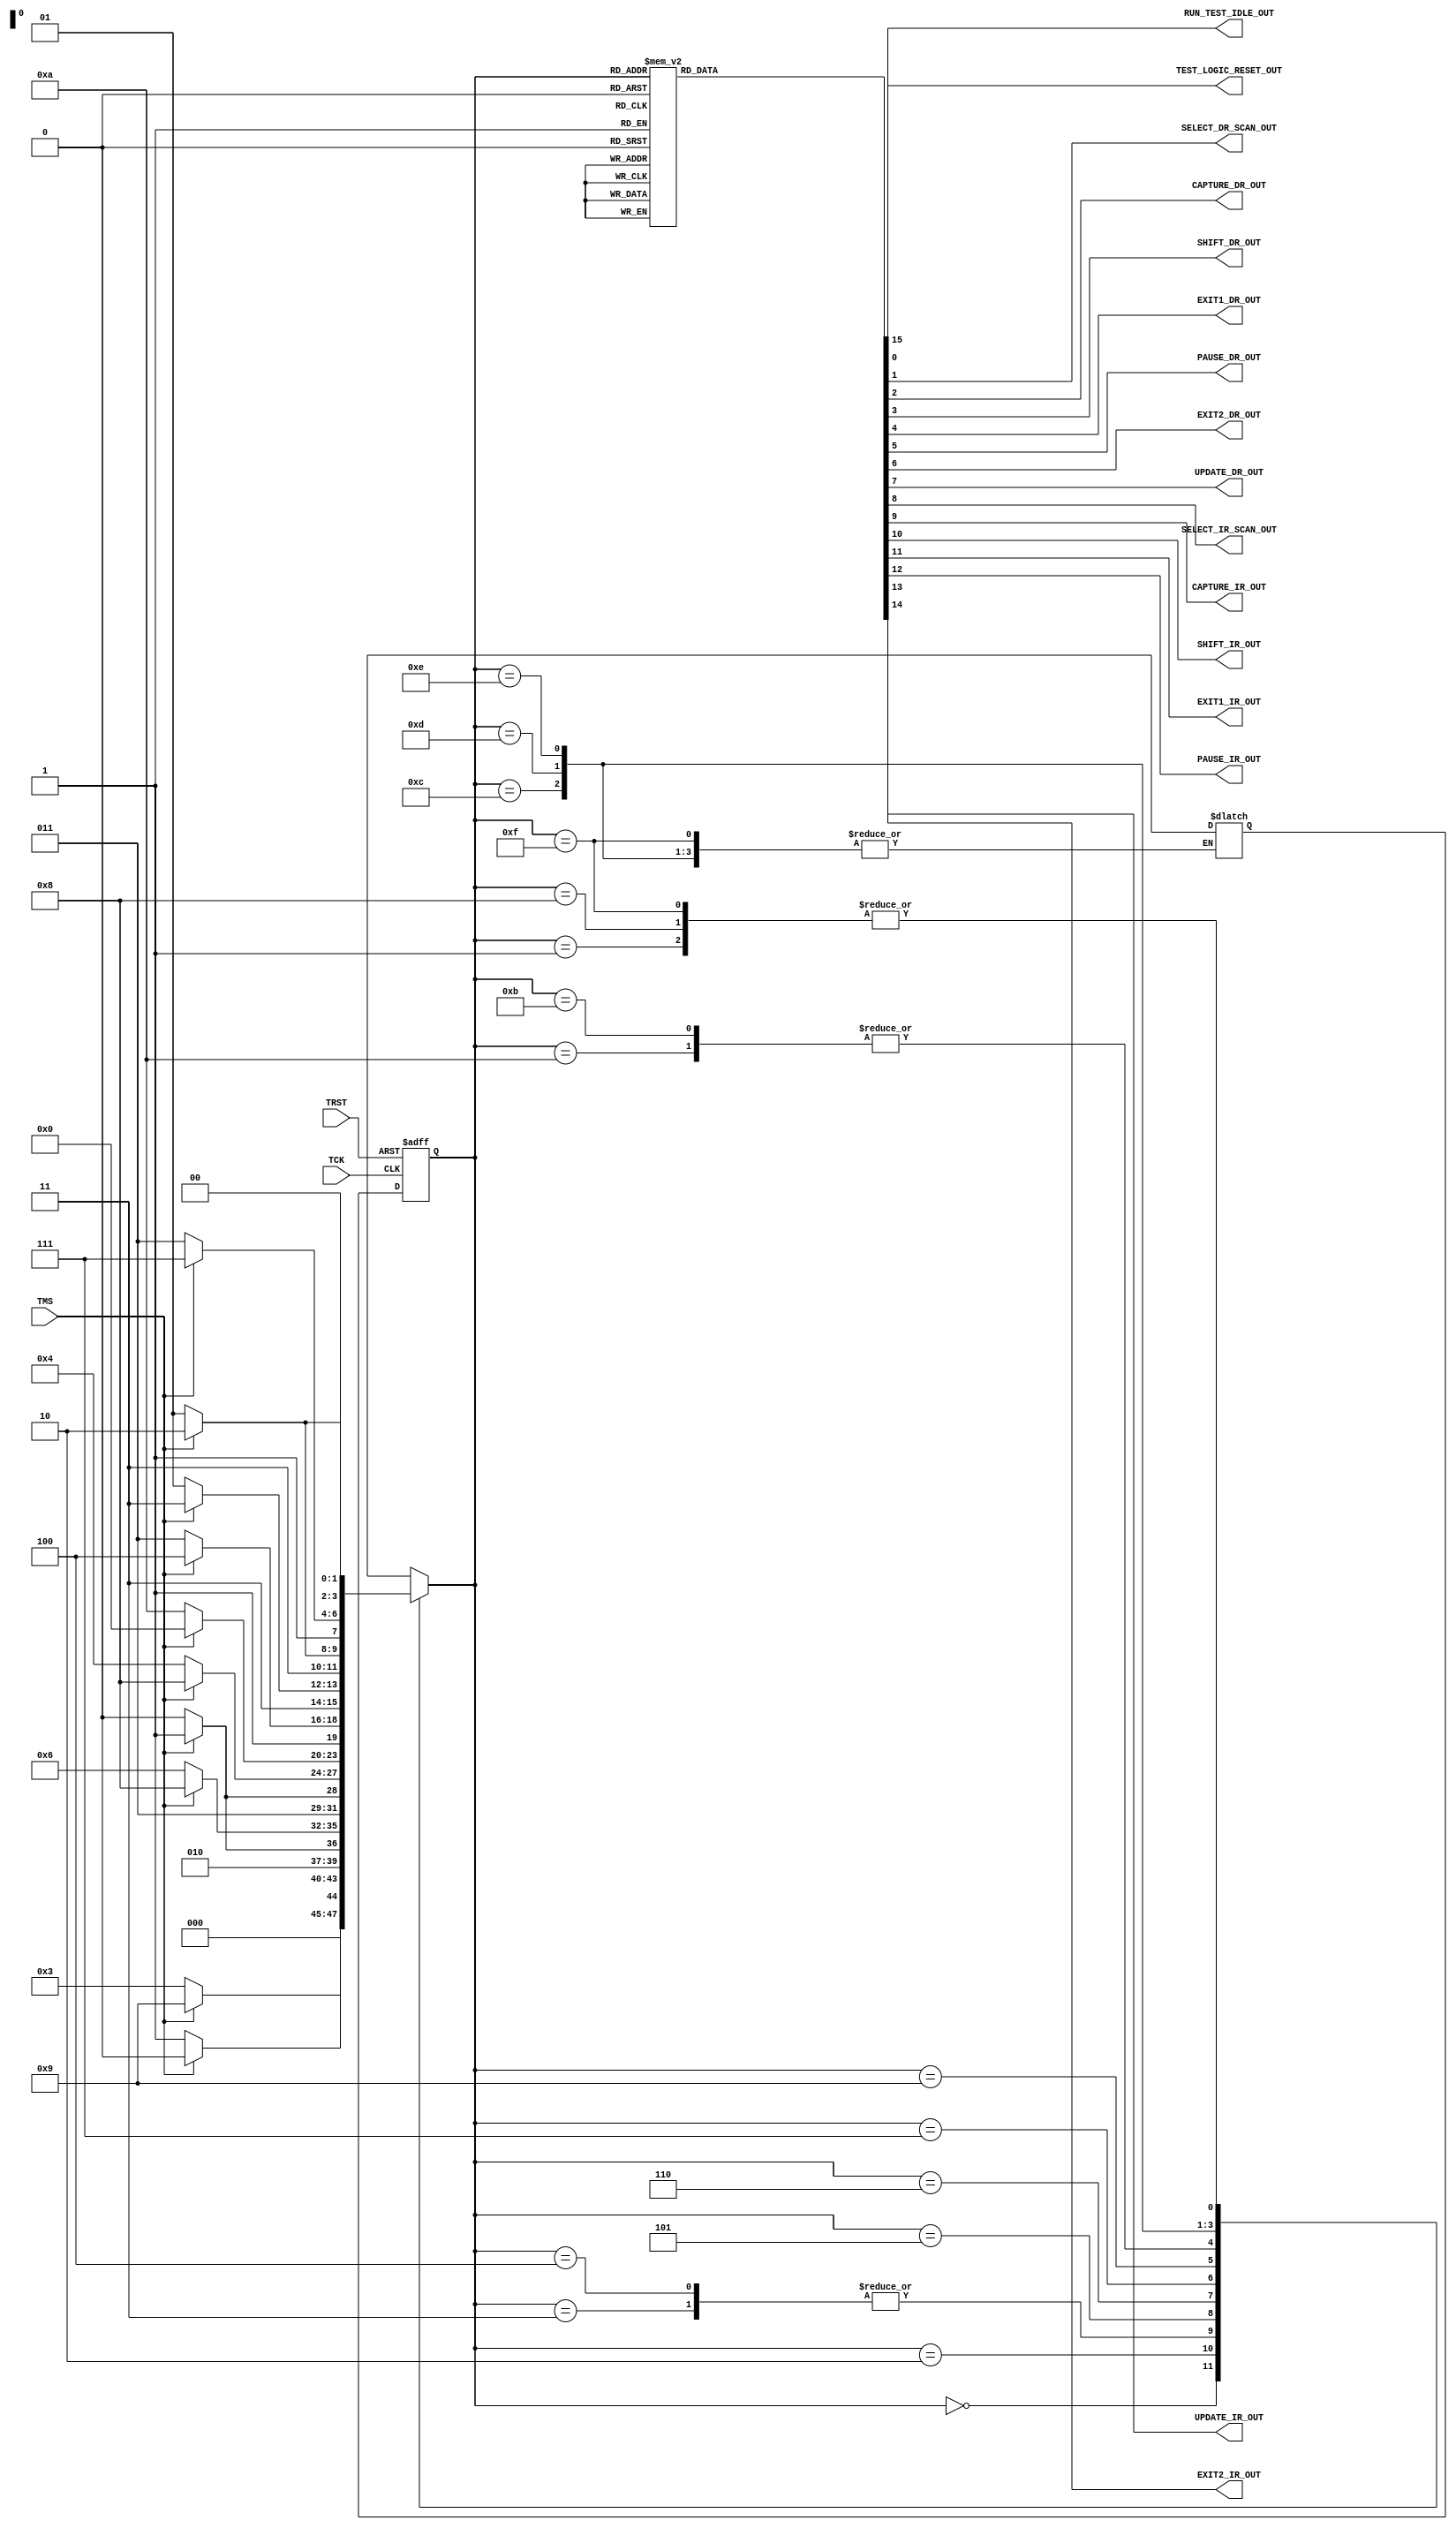
module tap_fsm(TCK,TMS,TRST,TEST_LOGIC_RESET_OUT,RUN_TEST_IDLE_OUT,SELECT_DR_SCAN_OUT,CAPTURE_DR_OUT,SHIFT_DR_OUT,EXIT1_DR_OUT,PAUSE_DR_OUT,EXIT2_DR_OUT,UPDATE_DR_OUT,SELECT_IR_SCAN_OUT,CAPTURE_IR_OUT,SHIFT_IR_OUT,EXIT1_IR_OUT,PAUSE_IR_OUT,EXIT2_IR_OUT,UPDATE_IR_OUT);
input TCK,TMS,TRST;
output reg TEST_LOGIC_RESET_OUT,RUN_TEST_IDLE_OUT,SELECT_DR_SCAN_OUT,CAPTURE_DR_OUT,SHIFT_DR_OUT,EXIT1_DR_OUT,PAUSE_DR_OUT,EXIT2_DR_OUT,UPDATE_DR_OUT,SELECT_IR_SCAN_OUT,CAPTURE_IR_OUT,SHIFT_IR_OUT,EXIT1_IR_OUT,PAUSE_IR_OUT,EXIT2_IR_OUT,UPDATE_IR_OUT;
reg [3:0]state,next_state;

localparam TEST_LOGIC_RESET=4'h0;
localparam RUN_TEST_IDLE=4'h1; 
localparam SELECT_DR_SCAN=4'h2;  
localparam CAPTURE_DR=4'h3; 
localparam SHIFT_DR=4'h4;
localparam EXIT1_DR=4'h5; 
localparam PAUSE_DR=4'h6; 
localparam EXIT2_DR=4'h7;
localparam UPDATE_DR=4'h8;
localparam SELECT_IR_SCAN=4'h9;
localparam CAPTURE_IR=4'hA;
localparam SHIFT_IR=4'hB; 
localparam EXIT1_IR=4'hC; 
localparam PAUSE_IR=4'hD; 
localparam EXIT2_IR=4'hE;
localparam UPDATE_IR=4'hF;

always@(posedge TCK or negedge TRST)
begin
if(~TRST)
begin 
state <= TEST_LOGIC_RESET;
end
else begin

state <= next_state;
end
end

always@(*)
begin 
case(state)
 TEST_LOGIC_RESET : 
 if(TMS)
state <= TEST_LOGIC_RESET;
else 
state <= RUN_TEST_IDLE;
 
 RUN_TEST_IDLE :
if(TMS)
state <= SELECT_DR_SCAN;
else 
state <= RUN_TEST_IDLE;

SELECT_DR_SCAN :
if(TMS)
state <= SELECT_IR_SCAN;
else 
state <= CAPTURE_DR;
 
 CAPTURE_DR  :
 if(TMS)begin
state <= EXIT1_DR;
end
else 
state <= SHIFT_DR;
 
 
 SHIFT_DR   :
 if(TMS) begin
state <= EXIT1_DR;
end
else 
state <= SHIFT_DR;
 
 
 EXIT1_DR  :
if(TMS)
state <= UPDATE_DR;
else 
state <= PAUSE_DR;
 

 PAUSE_DR :
if(TMS)
state <= EXIT2_DR;
else
state <= PAUSE_DR;
 
 
 EXIT2_DR  : 
 if(TMS)
state <= UPDATE_DR;
else 
state <= SHIFT_DR;

 
 UPDATE_DR: 
if(TMS)begin
state <= SELECT_DR_SCAN;
end
else 
state <= RUN_TEST_IDLE;
 
 //Instruction 
 
 SELECT_IR_SCAN:
 if(TMS)
state <= TEST_LOGIC_RESET;
else 
state <= CAPTURE_IR;

 
 CAPTURE_IR  :
 if(TMS) begin
state <= EXIT1_IR;
end
else 
state <= SHIFT_IR;
 
 SHIFT_IR :
if(TMS) begin
state <= EXIT1_IR;
end
else 
state <= SHIFT_IR;
 
 EXIT1_IR  :
 if(TMS)
state <= UPDATE_IR;
else 
state <= PAUSE_IR;
 
 
 PAUSE_IR  :
 if(TMS)
state <= EXIT2_IR;
else 
state <= PAUSE_IR;
 
 
 EXIT2_IR  :
 if(TMS)
 state <= UPDATE_IR;
 else 
 state <= SHIFT_IR;
 
 
 UPDATE_IR :
if(TMS) begin
state <= SELECT_DR_SCAN;
end
else 
state <= RUN_TEST_IDLE;
default : next_state = TEST_LOGIC_RESET;
endcase
end
always@ (*)
begin
	TEST_LOGIC_RESET_OUT=0;
	RUN_TEST_IDLE_OUT=0;
	SELECT_DR_SCAN_OUT=0;
	CAPTURE_DR_OUT=0;
	SHIFT_DR_OUT=0;
	EXIT1_DR_OUT=0;
	PAUSE_DR_OUT=0;
	EXIT2_DR_OUT=0;
	UPDATE_DR_OUT=0;
	SELECT_IR_SCAN_OUT=0;
	CAPTURE_IR_OUT=0;
	SHIFT_IR_OUT=0;
	EXIT1_IR_OUT=0;
	PAUSE_IR_OUT=0;
	EXIT2_IR_OUT=0;
	UPDATE_IR_OUT=0;

	case(state)
		TEST_LOGIC_RESET: TEST_LOGIC_RESET_OUT=1;
		RUN_TEST_IDLE: RUN_TEST_IDLE_OUT=1;
		SELECT_DR_SCAN: SELECT_DR_SCAN_OUT=1;
		CAPTURE_DR: CAPTURE_DR_OUT=1;
		SHIFT_DR: SHIFT_DR_OUT=1;
		EXIT1_DR: EXIT1_DR_OUT=1;
		PAUSE_DR: PAUSE_DR_OUT=1;
		EXIT2_DR: EXIT2_DR_OUT=1;
		UPDATE_DR: UPDATE_DR_OUT=1;
		SELECT_IR_SCAN: SELECT_IR_SCAN_OUT=1;
		CAPTURE_IR: CAPTURE_IR_OUT=1;
		SHIFT_IR: SHIFT_IR_OUT=1;
		EXIT1_IR: EXIT1_IR_OUT=1;
		PAUSE_IR: PAUSE_IR_OUT=1;
		EXIT2_IR: EXIT2_IR_OUT=1;
		UPDATE_IR: UPDATE_IR_OUT=1;
	endcase
end
endmodule